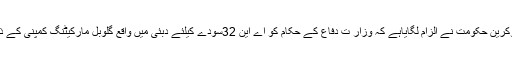
بھارتی ٹی وی کے مطابق راہول نے ٹویٹ کیا کہ یوکرین حکومت نے الزام لگایاہے کہ وزار ت دفاع کے حکام کو اے این 32سودے کیلئے دبئی میں واقع گلوبل مارکیٹنگ کمپنی کے ذریعے 17.50کروڑ روپے کی رشوت دی گئی ہے۔